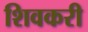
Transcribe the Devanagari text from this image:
शिवकरी